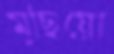
মুছিয়ো